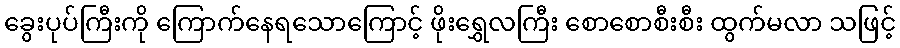
ခွေးပုပ်ကြီးကို ကြောက်နေရသောကြောင့် ဖိုးရွှေလကြီး စောစောစီးစီး ထွက်မလာ သဖြင့်